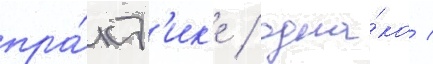
пра́кт'ик'е / одна́ко /